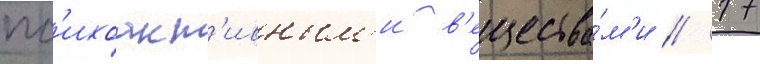
пс'ихоакт'ивным'и в'ещества́м'и // 17